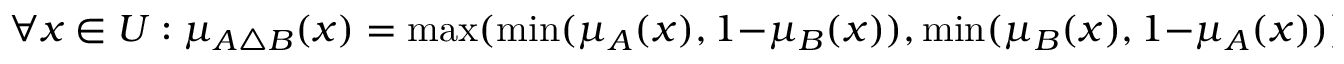
\forall x \in { U } : \mu _ { A \triangle { B } } ( x ) = \operatorname* { m a x } ( \operatorname* { m i n } ( \mu _ { A } ( x ) , 1 - \mu _ { B } ( x ) ) , \operatorname* { m i n } ( \mu _ { B } ( x ) , 1 - \mu _ { A } ( x ) ) ) .